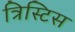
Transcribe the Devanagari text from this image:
त्रिस्टिस